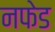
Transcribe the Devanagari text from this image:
नफेड